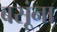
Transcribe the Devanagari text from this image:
बसूंना